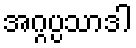
အဂ္ဂပ္ပသာဒါ